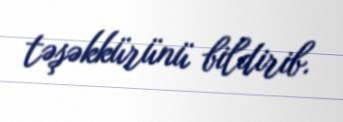
təşəkkürünü bildirib.